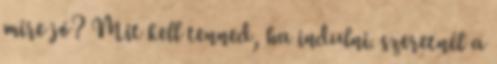
mire jó? Mit kell tenned, ha indulni. szeretnél a